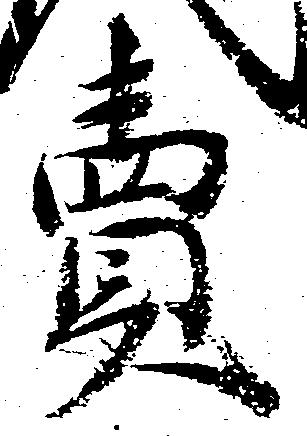
売